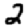
Digit: 2